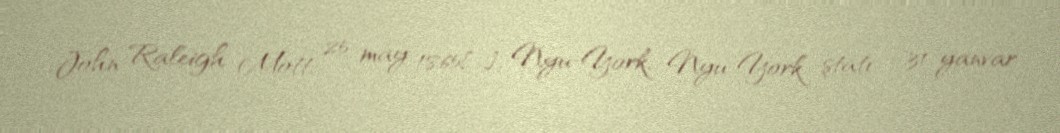
John Raleigh Mott; 25 may 1865[…], Nyu-York, Nyu-York ştatı – 31 yanvar